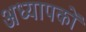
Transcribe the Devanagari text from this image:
अध्‍यापकों